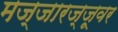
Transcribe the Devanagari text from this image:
मज्जारज्जूवर